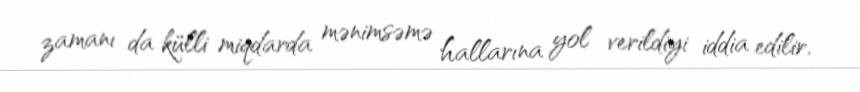
zamanı da külli miqdarda mənimsəmə hallarına yol verildiyi iddia edilir.